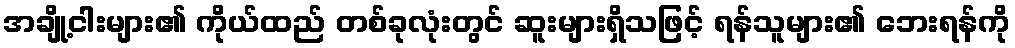
အချို့ငါးများ၏ ကိုယ်ထည် တစ်ခုလုံးတွင် ဆူးများရှိသဖြင့် ရန်သူများ၏ ဘေးရန်ကို